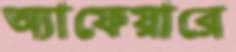
অ্যাফেয়ারে